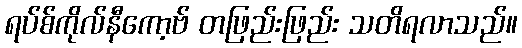
ရပ်စ်ကိုလ်နီကော့ဗ် တဖြည်းဖြည်း သတိရလာသည်။